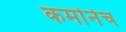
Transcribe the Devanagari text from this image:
कर्मानेच